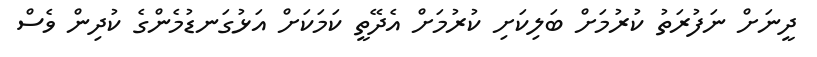
ދީނަށް ނަފުރަތު ކުރުމަށް ބަލިކަށި ކުރުމަށް އެދޭތީ ކަމަކަށް އަޅުގަނޑުމެންގެ ކުދިން ވެސް